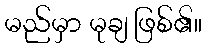
မည်မှာ မုချ ဖြစ်၏။